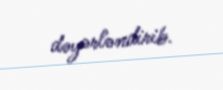
dəyərləndirib.